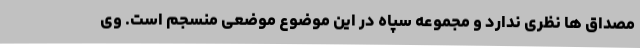
مصداق ها نظری ندارد و مجموعه سپاه در این موضوع موضعی منسجم است. وی